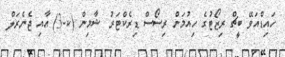
ހައިޑްއަވޭ ބީޗް ރިޒޯޓުގެ ހިއުމަން ރިސޯސް ޑިރެކްޓަރު ޝާމިން (ކ-3) އާއި ޖެނެރަލް